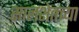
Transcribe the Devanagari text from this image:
सालशेतच्या